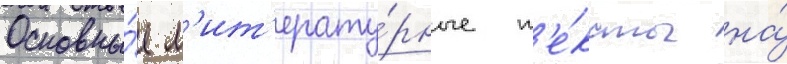
Основны́е л'ит'ерату́рные т'е́ксты на́